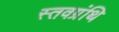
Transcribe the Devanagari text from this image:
स्तवग्रंथि